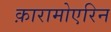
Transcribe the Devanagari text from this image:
क़ारामोएरिन